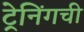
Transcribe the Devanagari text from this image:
ट्रेनिंगची